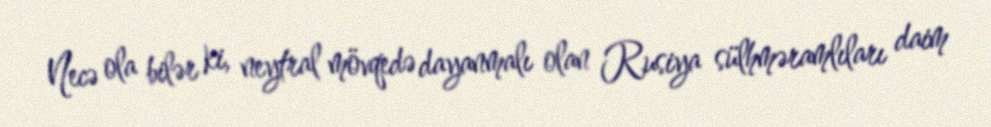
Necə ola bilər ki, neytral mövqedə dayanmalı olan Rusiya sülhməramlıları daim